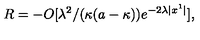
\: R = - O [ \lambda ^ { 2 } / ( \kappa ( a - \kappa ) ) e ^ { - 2 \lambda | x ^ { 1 } | } ] , \: